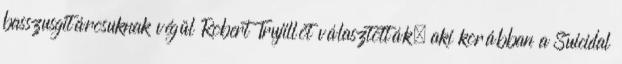
basszusgitárosuknak végül Robert Trujillót választották, aki korábban a Suicidal